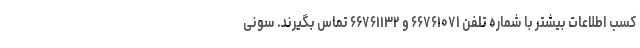
کسب اطلاعات بیشتر با شماره تلفن ۶۶۷۶۱۰۷۱ و ۶۶۷۶۱۱۳۲ تماس بگیرند. سونی